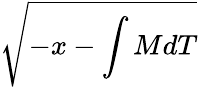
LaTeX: \sqrt{-x-\int MdT}